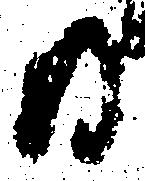
日